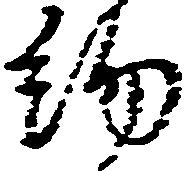
約